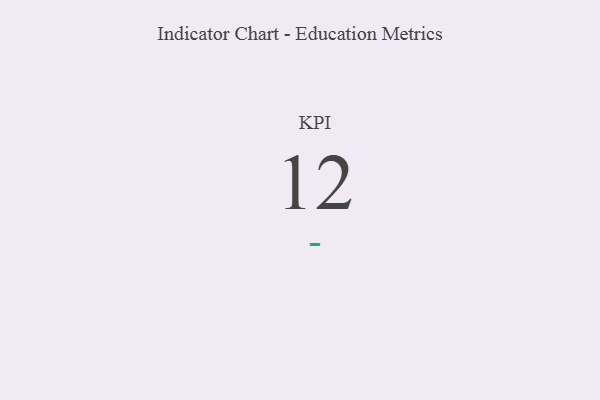
{"axis": {"x": "KPI", "y": "Value"}, "legend": [""], "data": [{"x": "KPI", "y": 12, "type": ""}]}